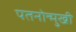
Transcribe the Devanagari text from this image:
पतनोन्मुखी